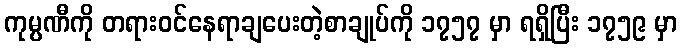
ကုမ္ပဏီကို တရားဝင်နေရာချပေးတဲ့စာချုပ်ကို ၁၇၅၇ မှာ ရရှိပြီး ၁၇၅၉ မှာ